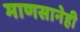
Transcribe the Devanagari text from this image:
माणसानेही